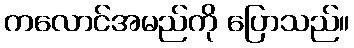
ကလောင်အမည်ကို ပြောသည်။